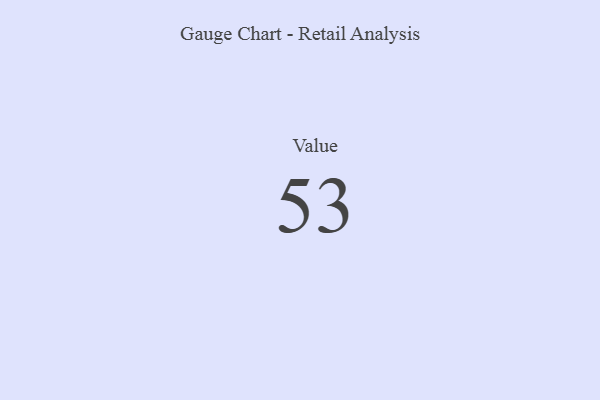
{"axis": {"x": "Metric", "y": "Value"}, "legend": [""], "data": [{"x": "Value", "y": 53, "type": ""}]}